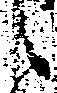
之